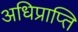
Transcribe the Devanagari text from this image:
अधिप्राप्‍ति